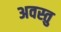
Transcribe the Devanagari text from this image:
अवस्तु